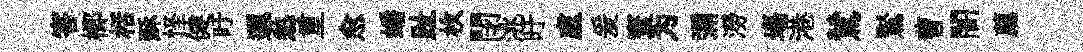
害榔栝酥怪健盱邐愁重愈蟠趾枚閉洮旴盧爰寰为彌澇塲港鷥鸑曹闇薦